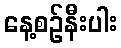
နေ့စဉ်နီးပါး